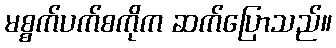
မစ္စက်ပက်စကိုက ဆက်ပြောသည်။